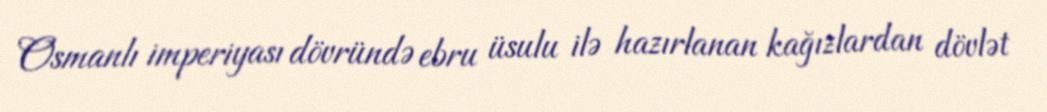
Osmanlı imperiyası dövründə ebru üsulu ilə hazırlanan kağızlardan dövlət